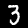
Digit: 3